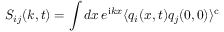
S _ { i j } ( k , t ) = \int d x \, e ^ { \mathrm { i } k x } \langle q _ { i } ( x , t ) q _ { j } ( 0 , 0 ) \rangle ^ { \mathrm { c } }